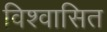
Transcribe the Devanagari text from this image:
विश्वासित